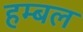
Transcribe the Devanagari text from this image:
हम्बल